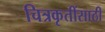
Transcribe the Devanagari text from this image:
चित्रकृतींसाठी